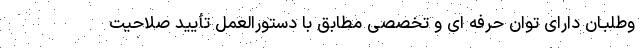
وطلبـان دارای توان حرفه ای و تخصصی مطابق با دستورالعمل تأیید صلاحیت